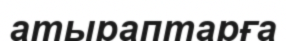
атыраптарға